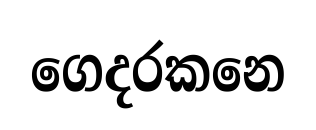
ගෙදරකනෙ